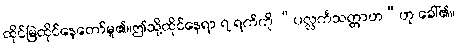
ထိုင်မြဲထိုင်နေတော်မူ၏။ဤသို့ထိုင်နေရာ ၇ ရက်ကို “ပလ္လင်္ကသတ္တာဟ”ဟု ခေါ်၏။